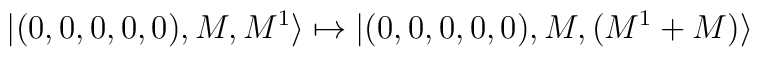
|(0,0,0,0,0), M, M^1\rangle \mapsto |(0,0,0,0,0), M, (M^1+M)\rangle